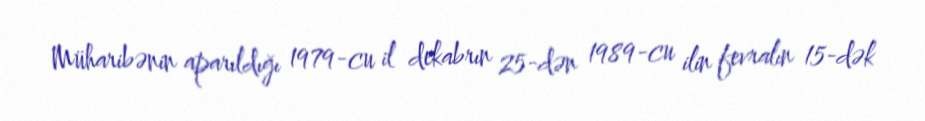
Müharibənin aparıldığı 1979-cu il dekabrın 25-dən 1989-cu ilin fevralın 15-dək